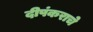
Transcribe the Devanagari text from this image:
दीपंकराचे